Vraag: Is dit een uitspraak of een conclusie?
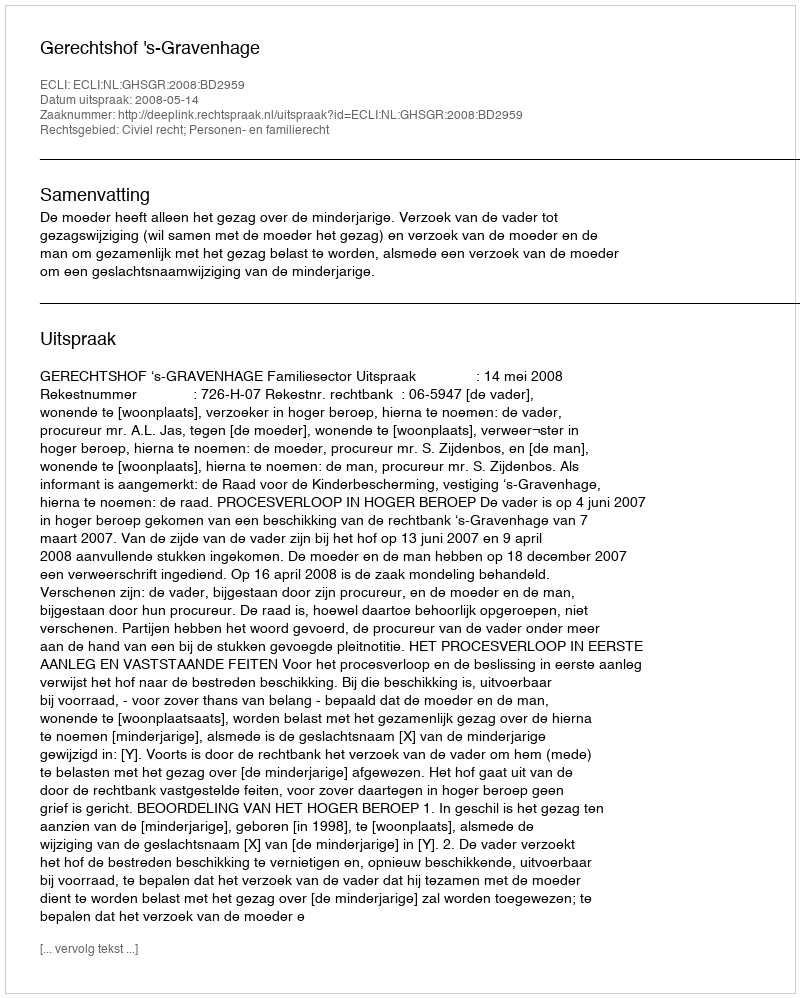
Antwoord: Uitspraak